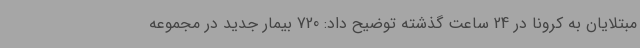
مبتلایان به کرونا در 24 ساعت گذشته توضیح داد: 720 بیمار جدید در مجموعه